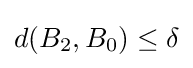
d(B_{2},B_{0})\leq \delta